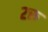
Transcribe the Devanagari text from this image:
२रु